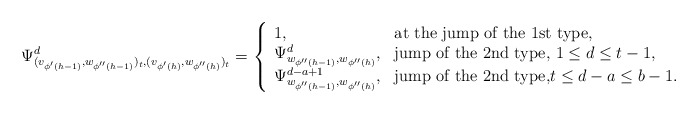
\begin{align*}\Psi^d_{(v_{\phi'(h-1)},w_{\phi''(h-1)})_t,(v_{\phi'(h)},w_{\phi''(h)})_t}=\left\{\begin{array}{ll}1,& \mbox{at the jump of the 1st type,}\\\Psi^d_{w_{\phi''(h-1)},w_{\phi''(h)}},& \mbox{jump of the 2nd type, $1\leq d\leq t-1$,}\\\Psi^{d-a+1}_{w_{\phi''(h-1)},w_{\phi''(h)}},& \mbox{jump of the 2nd type,$t\leq d-a\leq b-1$.}\end{array}\right.\end{align*}